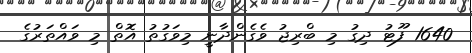
1640 ފޫޓު ދިގު މި ބްރިޖު ވެގެންދާނީ މިވަގުތު އޮތް މި ވައްތަރުގެ